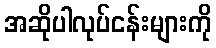
အဆိုပါလုပ်ငန်းများကို